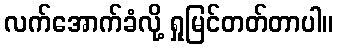
လက်အောက်ခံလို့ ရှုမြင်တတ်တာပါ။